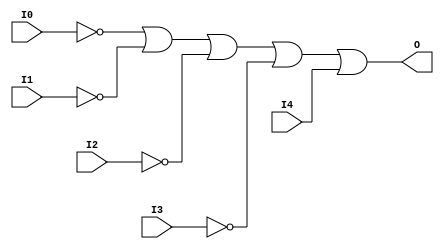
module OR5B4 (O, I0, I1, I2, I3, I4);

    output O;

    input  I0, I1, I2, I3, I4;

    wire i0_inv;
    wire i1_inv;
    wire i2_inv;
    wire i3_inv;

    not N3 (i3_inv, I3);
    not N2 (i2_inv, I2);
    not N1 (i1_inv, I1);
    not N0 (i0_inv, I0);
    or O1 (O, i0_inv, i1_inv, i2_inv, i3_inv, I4);


endmodule